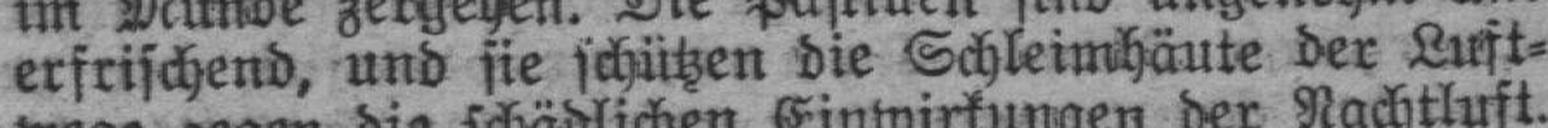
erfrischend, und sie schützen die Schleimhäute der Luft¬